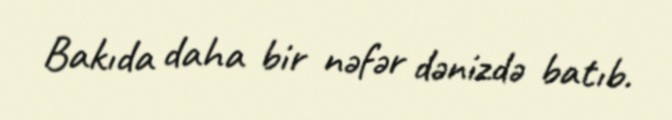
Bakıda daha bir nəfər dənizdə batıb.